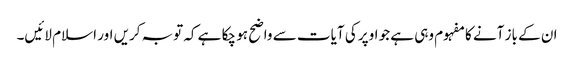
ان کے باز آنے کا مفہوم وہی ہے جو اوپر کی آیات سے واضح ہو چکا ہے کہ توبہ کریں اور اسلام لائیں۔